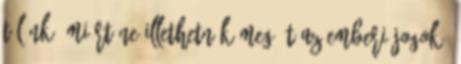
tőlünk, miért ne illethetnék meg őt az emberi jogok?